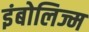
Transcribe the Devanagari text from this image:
इंबोलिज्म